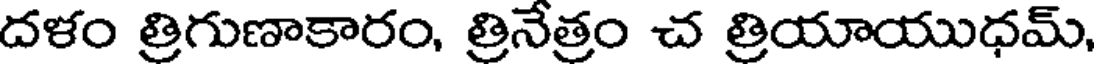
దళం త్రిగుణాకారం, త్రినేత్రం చ త్రియాయుధమ్